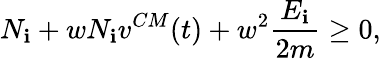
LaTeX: N_{\mathbf{i}}+wN_{\mathbf{i}}v^{CM}(t)+w^{2}\frac{{E_{\mathbf{i}}}}{{2m}}\ge0,